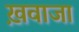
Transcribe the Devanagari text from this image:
ख़वाजा